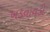
ખડવાવડી